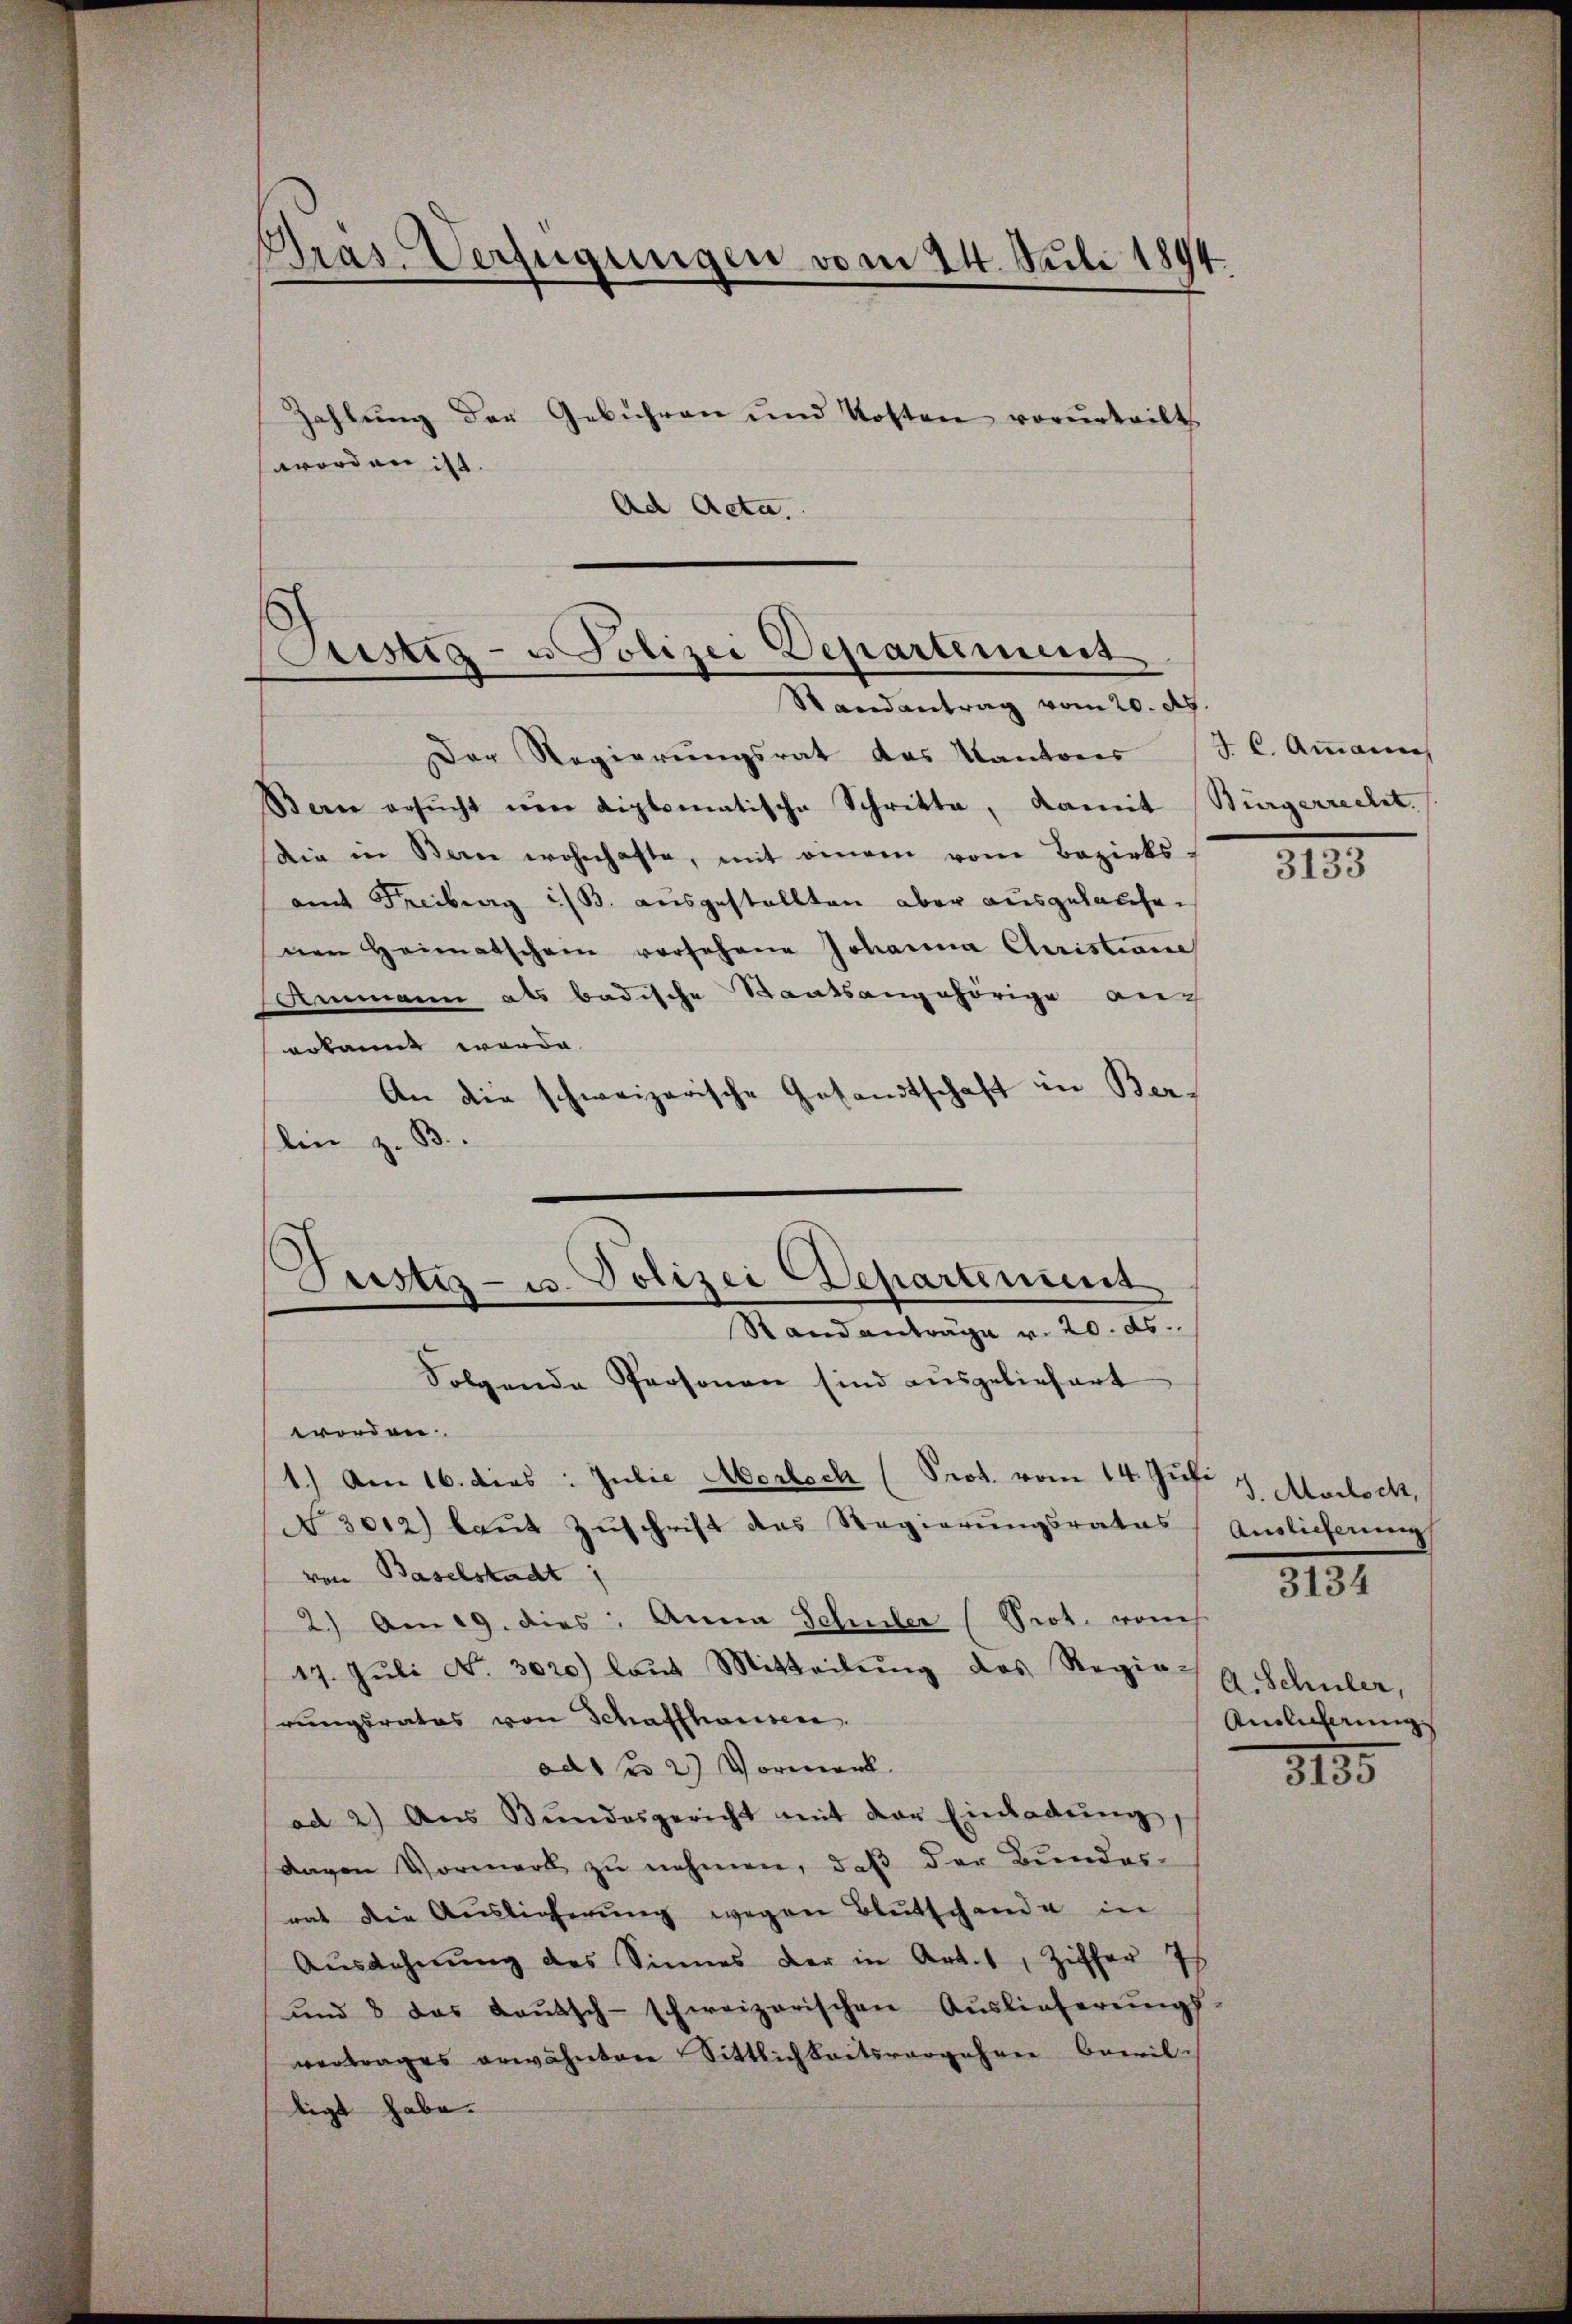
Gras Verfügungen vom 24. Juli 1894.
Zahlung der Gebühren und Kosten vorurteilt.
worden ist.
Ad Acta.

¬
Justiz- u Polizei Departement
Randantrag vom 20. d.

Pustes- u. Polizei Departement
.
Standanträge v. 20. ds.

Der Regierungsrat das Kantons
Berne ersŭcht mir diplomatische Schritte, damit Bürgerrechet.
die in Bern wohnhafte, mit einem vom Bezirks-
amt Freiberg i/B. ausgestellten aber ausgelaufen
nen Heimatschein vorsehene Johanna Christiane
Ammann als badische Staatsangehörige auc
erkannt werde. |
An die schweizerische Gesandtschaft in Berlin z. B.
Folgende Personen sind ausgeliefert
worden.
1.) Am 16. dies: Julie Mortsch (Prot. vom 14. Juli
N 3012) laŭt Zŭschrift des Regierŭngsrates
von Baselstadt
2) Am 19. dies: Anna Schuler (Prot. vom
17. Juli No 3020) laut Mitteilung des Regierungsrates von Schaffhausen.
ad 1 2) Vormerk
ad 2.) Aus Bŭndesgericht mit der Einladŭng,
dagen Vormerk zu nehmen, daß der Bundes-
rat die Auslieferung wegen Blutschande in
Ausdehnung des Sinnes der in Art. 1, Ziffer 7
und 8 das Lautsch-schweizerischen Auslieferungs-
vertrages erwähnten Sittlichkeitsvorgehen bewiltigt habe.

J. C. Ammanns

3133

J. Morloch,
Auslieferung
3134

A. Schuler,
Ainlicherung |
815